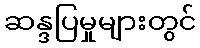
ဆန္ဒပြမှုများတွင်